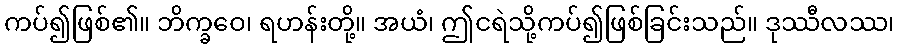
ကပ်၍ဖြစ်၏။ ဘိက္ခဝေ၊ ရဟန်းတို့။ အယံ၊ ဤငရဲသို့ကပ်၍ဖြစ်ခြင်းသည်။ ဒုဿီလဿ၊